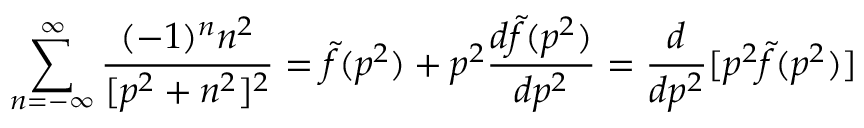
\sum _ { n = - \infty } ^ { \infty } { \frac { ( - 1 ) ^ { n } n ^ { 2 } } { [ p ^ { 2 } + n ^ { 2 } ] ^ { 2 } } } = { \tilde { f } } ( p ^ { 2 } ) + p ^ { 2 } { \frac { d { \tilde { f } } ( p ^ { 2 } ) } { d p ^ { 2 } } } = { \frac { d } { d p ^ { 2 } } } [ p ^ { 2 } { \tilde { f } } ( p ^ { 2 } ) ]